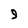
Character: 9